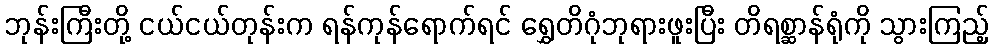
ဘုန်းကြီးတို့ ငယ်ငယ်တုန်းက ရန်ကုန်ရောက်ရင် ရွှေတိဂုံဘုရားဖူးပြီး တိရစ္ဆာန်ရုံကို သွားကြည့်